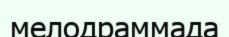
мелодраммада